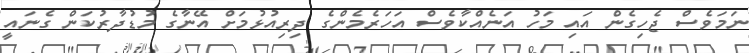
ނަމަވެސް ޖެހިގެން އައި މަހު އަނެއްކާވެސް އަހަރެމެންގެ ދިރިއުޅުމަށް އޭނާގެ މުޑުދާރުކަން ގެނައީ